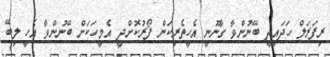
ރިފަރަލް ހަދައިދީ ބޭނުންވާ ގާނޫނީ އެހީތެރިކަން ފޯރުކޮށްދީ އެމީހަކަށް ބޭނުންވާ އެހީ ލިބޭ